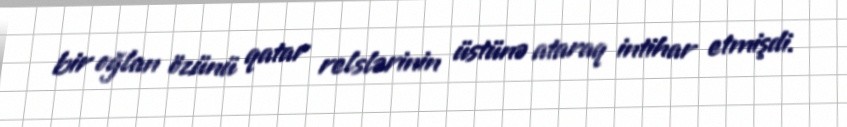
bir oğlan özünü qatar relslərinin üstünə ataraq intihar etmişdi.